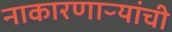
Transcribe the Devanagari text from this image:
नाकारणाऱ्यांची